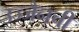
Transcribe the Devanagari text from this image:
उज्जैनची